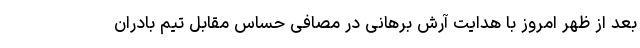
بعد از ظهر امروز با هدایت آرش برهانی در مصافی حساس مقابل تیم بادران